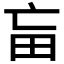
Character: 𤰡